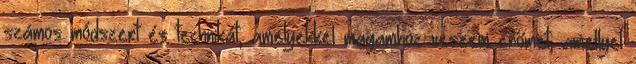
számos módszert és technikát, amelyekkel magamhoz veszem erőmet, amellyel